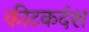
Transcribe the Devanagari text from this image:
कीटकदंश